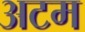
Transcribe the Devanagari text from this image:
अटम